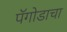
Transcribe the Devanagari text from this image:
पॅगोडाचा